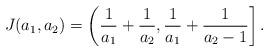
LaTeX: \begin{align*}J(a_1,a_2) = \left(\frac{1}{a_1} + \frac{1}{a_2}, \frac{1}{a_1} + \frac{1}{a_2-1} \right]. \end{align*}